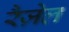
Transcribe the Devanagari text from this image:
रैज़ेल